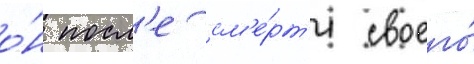
о́н посл'е см'е́рт'и своего́